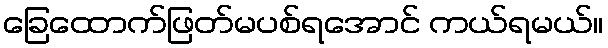
ခြေထောက်ဖြတ်မပစ်ရအောင် ကယ်ရမယ်။